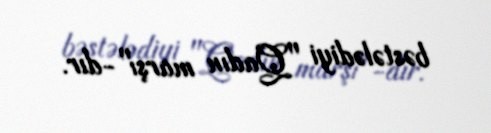
bəstələdiyi "Qadın marşı"-dır.